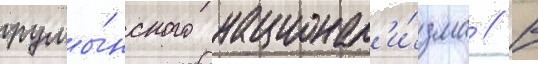
румы́нского национал'и́зма // В